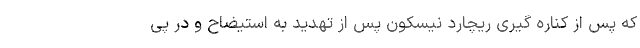
که پس از کناره گیری ریچارد نیسکون پس از تهدید به استیضاح و در پی